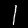
Digit: 1